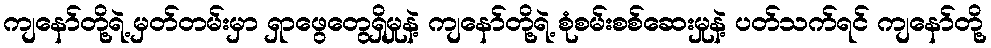
ကျနော်တို့ရဲ့ မှတ်တမ်းမှာ ရှာဖွေတွေရှိမှုနဲ့ ကျနော်တို့ရဲ့ စုံစမ်းစစ်ဆေးမှုနဲ့ ပတ်သက်ရင် ကျနော်တို့